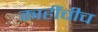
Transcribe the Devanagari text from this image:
काहींचीच